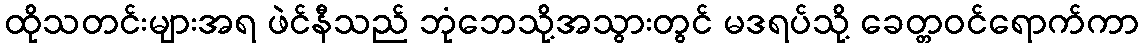
ထိုသတင်းများအရ ဖဲင်နီသည် ဘုံဘေသို့အသွားတွင် မဒရပ်သို့ ခေတ္တဝင်ရောက်ကာ